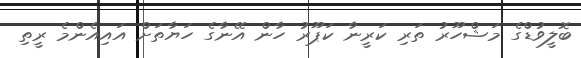
ބޮލީވުޑްގެ މަޝްހޫރު ތަރި ކަރީނާ ކަޕޫރު ހާން އޭނާގެ ހަޔާތަށް އައިއެންމެ ރީތި